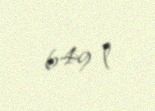
649 l